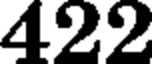
422